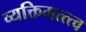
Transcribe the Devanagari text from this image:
व्यक्तिमत्त्त्व